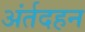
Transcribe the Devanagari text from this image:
अंर्तदहन